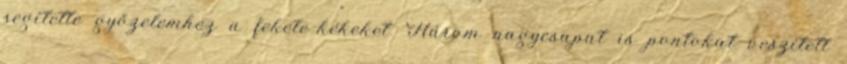
segítette győzelemhez a fekete-kékeket. Három nagycsapat is pontokat veszített